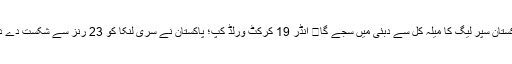
پاکستان سپر لیگ کا میلہ کل سے دبئی میں سجے گا	 انڈر 19 کرکٹ ورلڈ کپ؛ پاکستان نے سری لنکا کو 23 رنز سے شکست دے دی